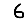
Digit: 6